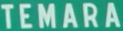
TEMARA